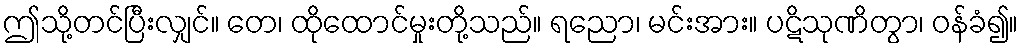
ဤသို့တင်ပြီးလျှင်။ တေ၊ ထိုထောင်မှုးတို့သည်။ ရညော၊ မင်းအား။ ပဋိသုဏိတွာ၊ ဝန်ခံ၍။